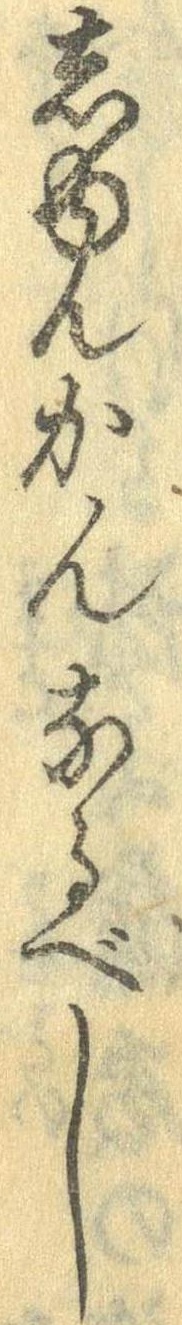
しゅんかんなるべし